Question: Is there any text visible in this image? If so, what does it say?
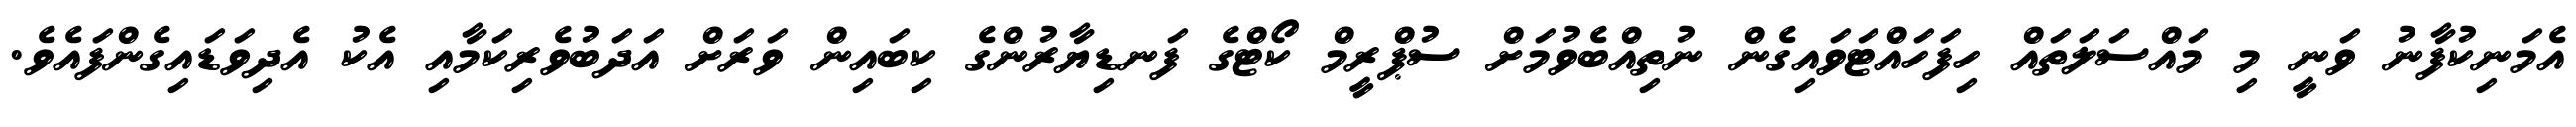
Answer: އެމަނިކުފާނު ވަނީ މި މައްސަލަތައް ހިފަހައްޓަވައިގެން ނުތިއްބެވުމަށް ސުޕްރީމް ކޯޓްގެ ފަނޑިޔާރުންގެ ކިބައިން ވަރަށް އަދަބުވެރިކަމާއި އެކު އެދިވަޑައިގެންފައެވެ.